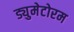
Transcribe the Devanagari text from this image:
ड्युमेटोरम